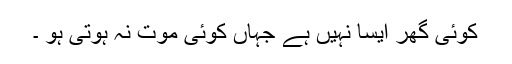
کوئی گھر ایسا نہیں ہے جہاں کوئی موت نہ ہوتی ہو ۔